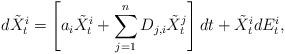
LaTeX: \begin{align*}d \tilde X_t^i = \left[ a_i \tilde X_t^i + \sum_{j=1}^n D_{j,i} \tilde X_t^j \right]dt + \tilde X_t^i dE_t^i,\end{align*}